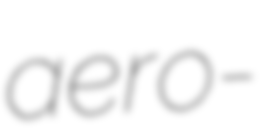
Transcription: aero-